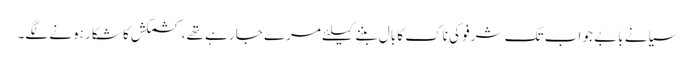
سیانے بابے جو اب تک شرفو کی ناک کا بال بننے کیلئے مرے جا رہے تھے، کشمکش کا شکار ہونے لگے۔